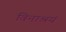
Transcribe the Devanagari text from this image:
विनाश्रयं